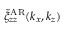
\check { \xi } _ { z z } ^ { \mathrm { A R } } ( k _ { x } , k _ { z } )